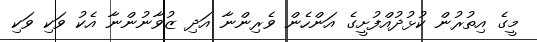
މީގެ އިތުރުން ކުޅުދުއްފުށީގެ އަންހެން ވެރިންނާ އަދި ޒުވާނުންނާ އެކު ވަކި ވަކި